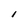
Character: l